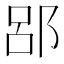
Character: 郘